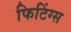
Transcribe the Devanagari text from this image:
फिटिंग्स